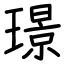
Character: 璟